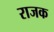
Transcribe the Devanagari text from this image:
राजक